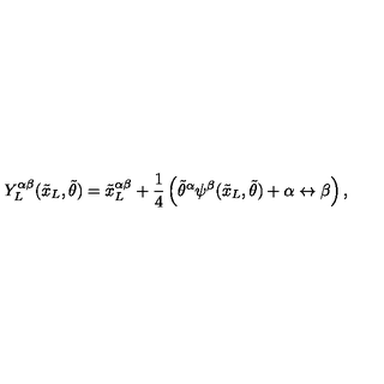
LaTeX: Y _ { L } ^ { \alpha \beta } ( { \tilde { x } _ { L } } , { \tilde { \theta } } ) = { { \tilde { x } _ { L } } ^ { \alpha \beta } } + \frac { 1 } { 4 } \left( { { \tilde { \theta } } ^ { \alpha } } \psi ^ { \beta } ( { \tilde { x } _ { L } } , { \tilde { \theta } } ) + \alpha \leftrightarrow \beta \right) ,